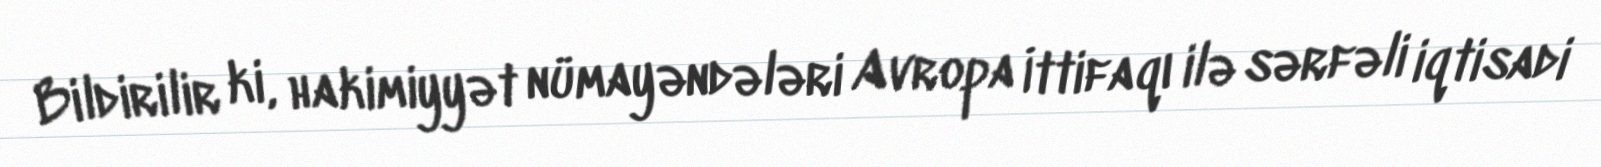
Bildirilir ki, hakimiyyət nümayəndələri Avropa İttifaqı ilə sərfəli iqtisadi